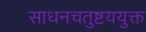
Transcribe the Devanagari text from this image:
साधनचतुष्टययुक्त